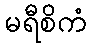
မရီစိကံ